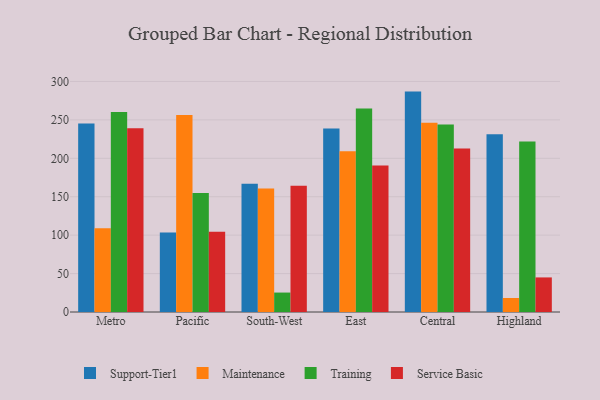
{"axis": {"x": "Region", "y": "Gross Profit (USD K)"}, "legend": ["Maintenance", "Service Basic", "Support-Tier1", "Training"], "data": [{"x": "Metro", "y": 245.3, "type": "Support-Tier1"}, {"x": "Metro", "y": 108.9, "type": "Maintenance"}, {"x": "Metro", "y": 260.3, "type": "Training"}, {"x": "Metro", "y": 239.0, "type": "Service Basic"}, {"x": "Pacific", "y": 103.5, "type": "Support-Tier1"}, {"x": "Pacific", "y": 256.3, "type": "Maintenance"}, {"x": "Pacific", "y": 155.0, "type": "Training"}, {"x": "Pacific", "y": 104.4, "type": "Service Basic"}, {"x": "South-West", "y": 166.8, "type": "Support-Tier1"}, {"x": "South-West", "y": 160.8, "type": "Maintenance"}, {"x": "South-West", "y": 25.3, "type": "Training"}, {"x": "South-West", "y": 164.4, "type": "Service Basic"}, {"x": "East", "y": 238.8, "type": "Support-Tier1"}, {"x": "East", "y": 209.2, "type": "Maintenance"}, {"x": "East", "y": 264.9, "type": "Training"}, {"x": "East", "y": 190.5, "type": "Service Basic"}, {"x": "Central", "y": 286.8, "type": "Support-Tier1"}, {"x": "Central", "y": 246.2, "type": "Maintenance"}, {"x": "Central", "y": 244.1, "type": "Training"}, {"x": "Central", "y": 212.9, "type": "Service Basic"}, {"x": "Highland", "y": 231.3, "type": "Support-Tier1"}, {"x": "Highland", "y": 18.2, "type": "Maintenance"}, {"x": "Highland", "y": 221.8, "type": "Training"}, {"x": "Highland", "y": 45.0, "type": "Service Basic"}]}